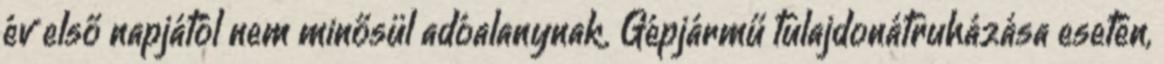
év első napjától nem minősül adóalanynak. Gépjármű tulajdonátruházása esetén,